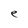
Character: e